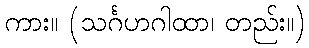
ကား။ (သင်္ဂဟဂါထာ၊ တည်း။)